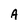
Character: A